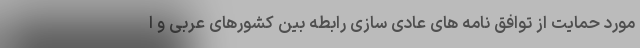
مورد حمایت از توافق نامه های عادی سازی رابطه بین کشورهای عربی و ا